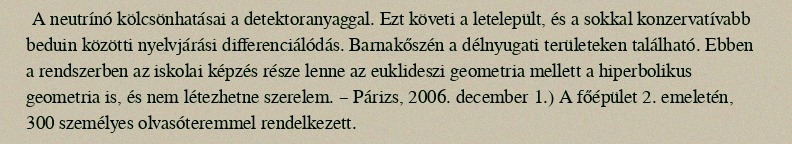
A neutrínó kölcsönhatásai a detektoranyaggal. Ezt követi a letelepült, és a sokkal konzervatívabb beduin közötti nyelvjárási differenciálódás. Barnakőszén a délnyugati területeken található. Ebben a rendszerben az iskolai képzés része lenne az euklideszi geometria mellett a hiperbolikus geometria is, és nem létezhetne szerelem. – Párizs, 2006. december 1.) A főépület 2. emeletén, 300 személyes olvasóteremmel rendelkezett.